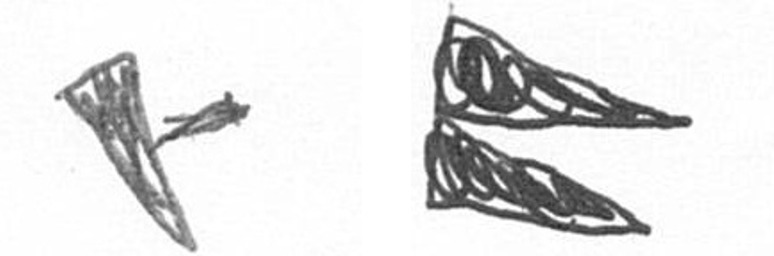
F P